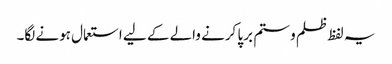
یہ لفظ ظلم و ستم برپا کرنے والے کے لیے استعمال ہونے لگا۔